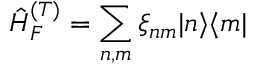
\hat { H } _ { F } ^ { ( T ) } = \sum _ { n , m } \xi _ { n m } | n \rangle \langle m |